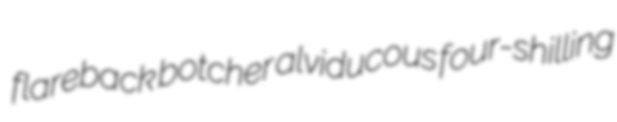
flareback botcher alviducous four-shilling